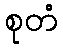
စုတံ